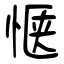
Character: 惬